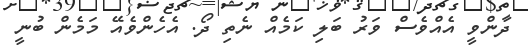
ދާންވީ އެއްވެސް ވަރު ބަލި ކަމެއް ނެތި ދޯ. އެހެންވެއޭ މަމެން ބުނީ